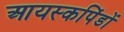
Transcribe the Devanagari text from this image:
आयस्कपिंडों